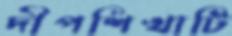
দীপশিখাটি